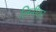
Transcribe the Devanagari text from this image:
लिनीयर